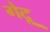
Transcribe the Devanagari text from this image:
गेदू